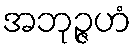
အဘုဉ္ဇဟံ